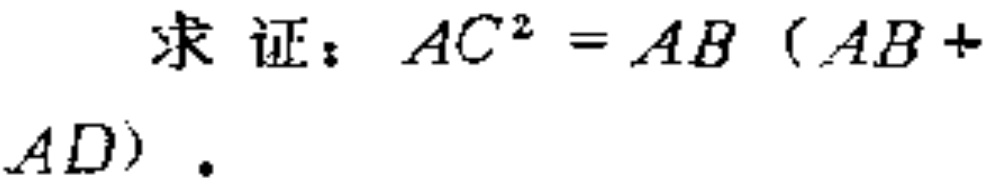
求证：\(AC^{2}=AB(AB + AD)\)。